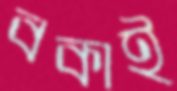
বকাই